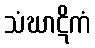
သံဃာဋိကံ